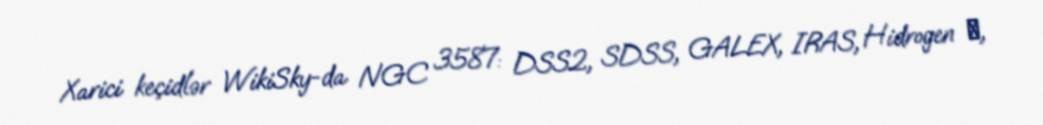
Xarici keçidlər WikiSky-da NGC 3587: DSS2, SDSS, GALEX, IRAS, Hidrogen α,